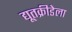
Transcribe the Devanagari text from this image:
द्यूतक्रीडेला